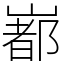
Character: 𡼞